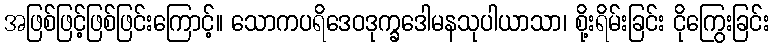
အဖြစ်ဖြင့်ဖြစ်ဖြင်းကြောင့်။ သောကပရိဒေဝဒုက္ခဒေါမနသုပါယာသာ၊ စို့းရိမ်းခြင်း ငိုကြွေးခြင်း